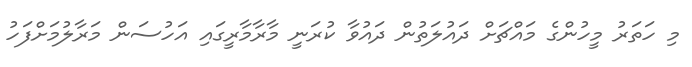
މި ހަތަރު މީހުންގެ މައްޗަށް ދައުލަތުން ދައުވާ ކުރަނީ މާރާމާރީގައި އަހުސަން މަރާލުމަށްފަހު